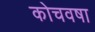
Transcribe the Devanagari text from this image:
कोचवषा